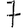
Digit: 7